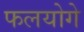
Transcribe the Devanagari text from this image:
फलयोगे